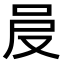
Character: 𠰎